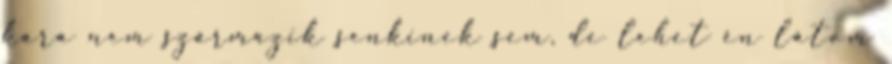
kára nem származik senkinek sem, de lehet én látom